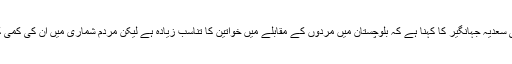
تجزیہ نگار اور صحافی سعدیہ جہانگیر کا کہنا ہے کہ بلوچستان میں مردوں کے مقابلے میں خواتین کا تناسب زیادہ ہے لیکن مردم شماری میں اُن کی کمی کی مختلف وجوہات ہیں۔